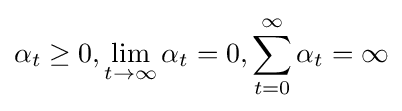
\alpha _{t}\geq 0,\lim _{t\to \infty }\alpha _{t}=0,\sum _{t=0}^{\infty }\alpha _{t}=\infty